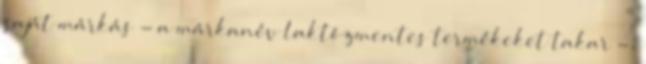
saját márkás - a márkanév laktózmentes termékeket takar -,